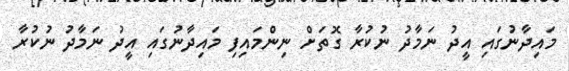
މައިދާނުގައި އީދު ނަމާދު ނުކުރާ ގޮތަށް ނިންމައިފި މައިދާނުގައި އީދު ނަމާދު ނުކުރާ